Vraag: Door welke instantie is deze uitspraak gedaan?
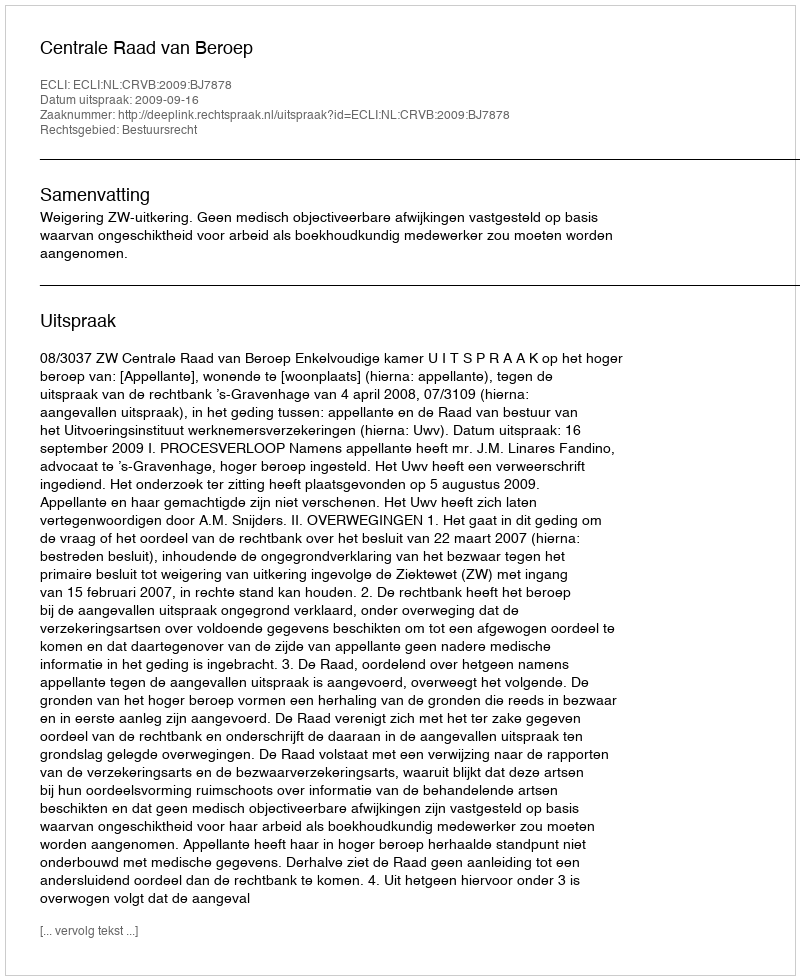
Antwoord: Centrale Raad van Beroep